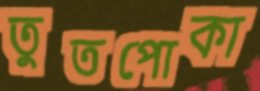
তুতপোকা